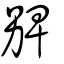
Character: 㗗